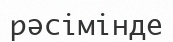
рәсімінде